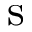
\mathrm { s }